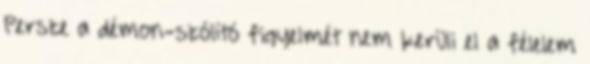
Persze a démon-szólító figyelmét nem kerüli el a félelem